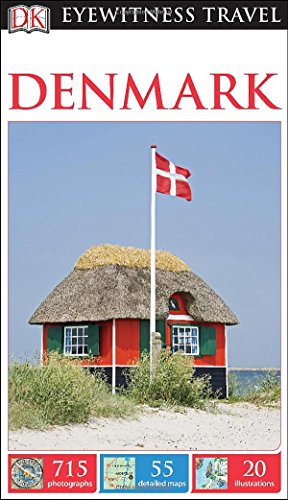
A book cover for DK Eyewitness Travel Guide: Denmark; DK Publishing; Travel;